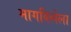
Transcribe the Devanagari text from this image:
मागविलेला